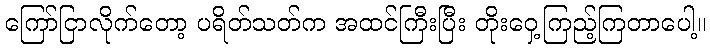
ကြော်ငြာလိုက်တော့ ပရိတ်သတ်က အထင်ကြီးပြီး တိုးဝှေ့ကြည့်ကြတာပေါ့။